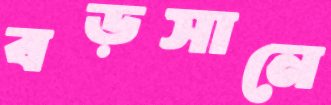
বড়সানে